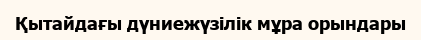
Қытайдағы дүниежүзілік мұра орындары